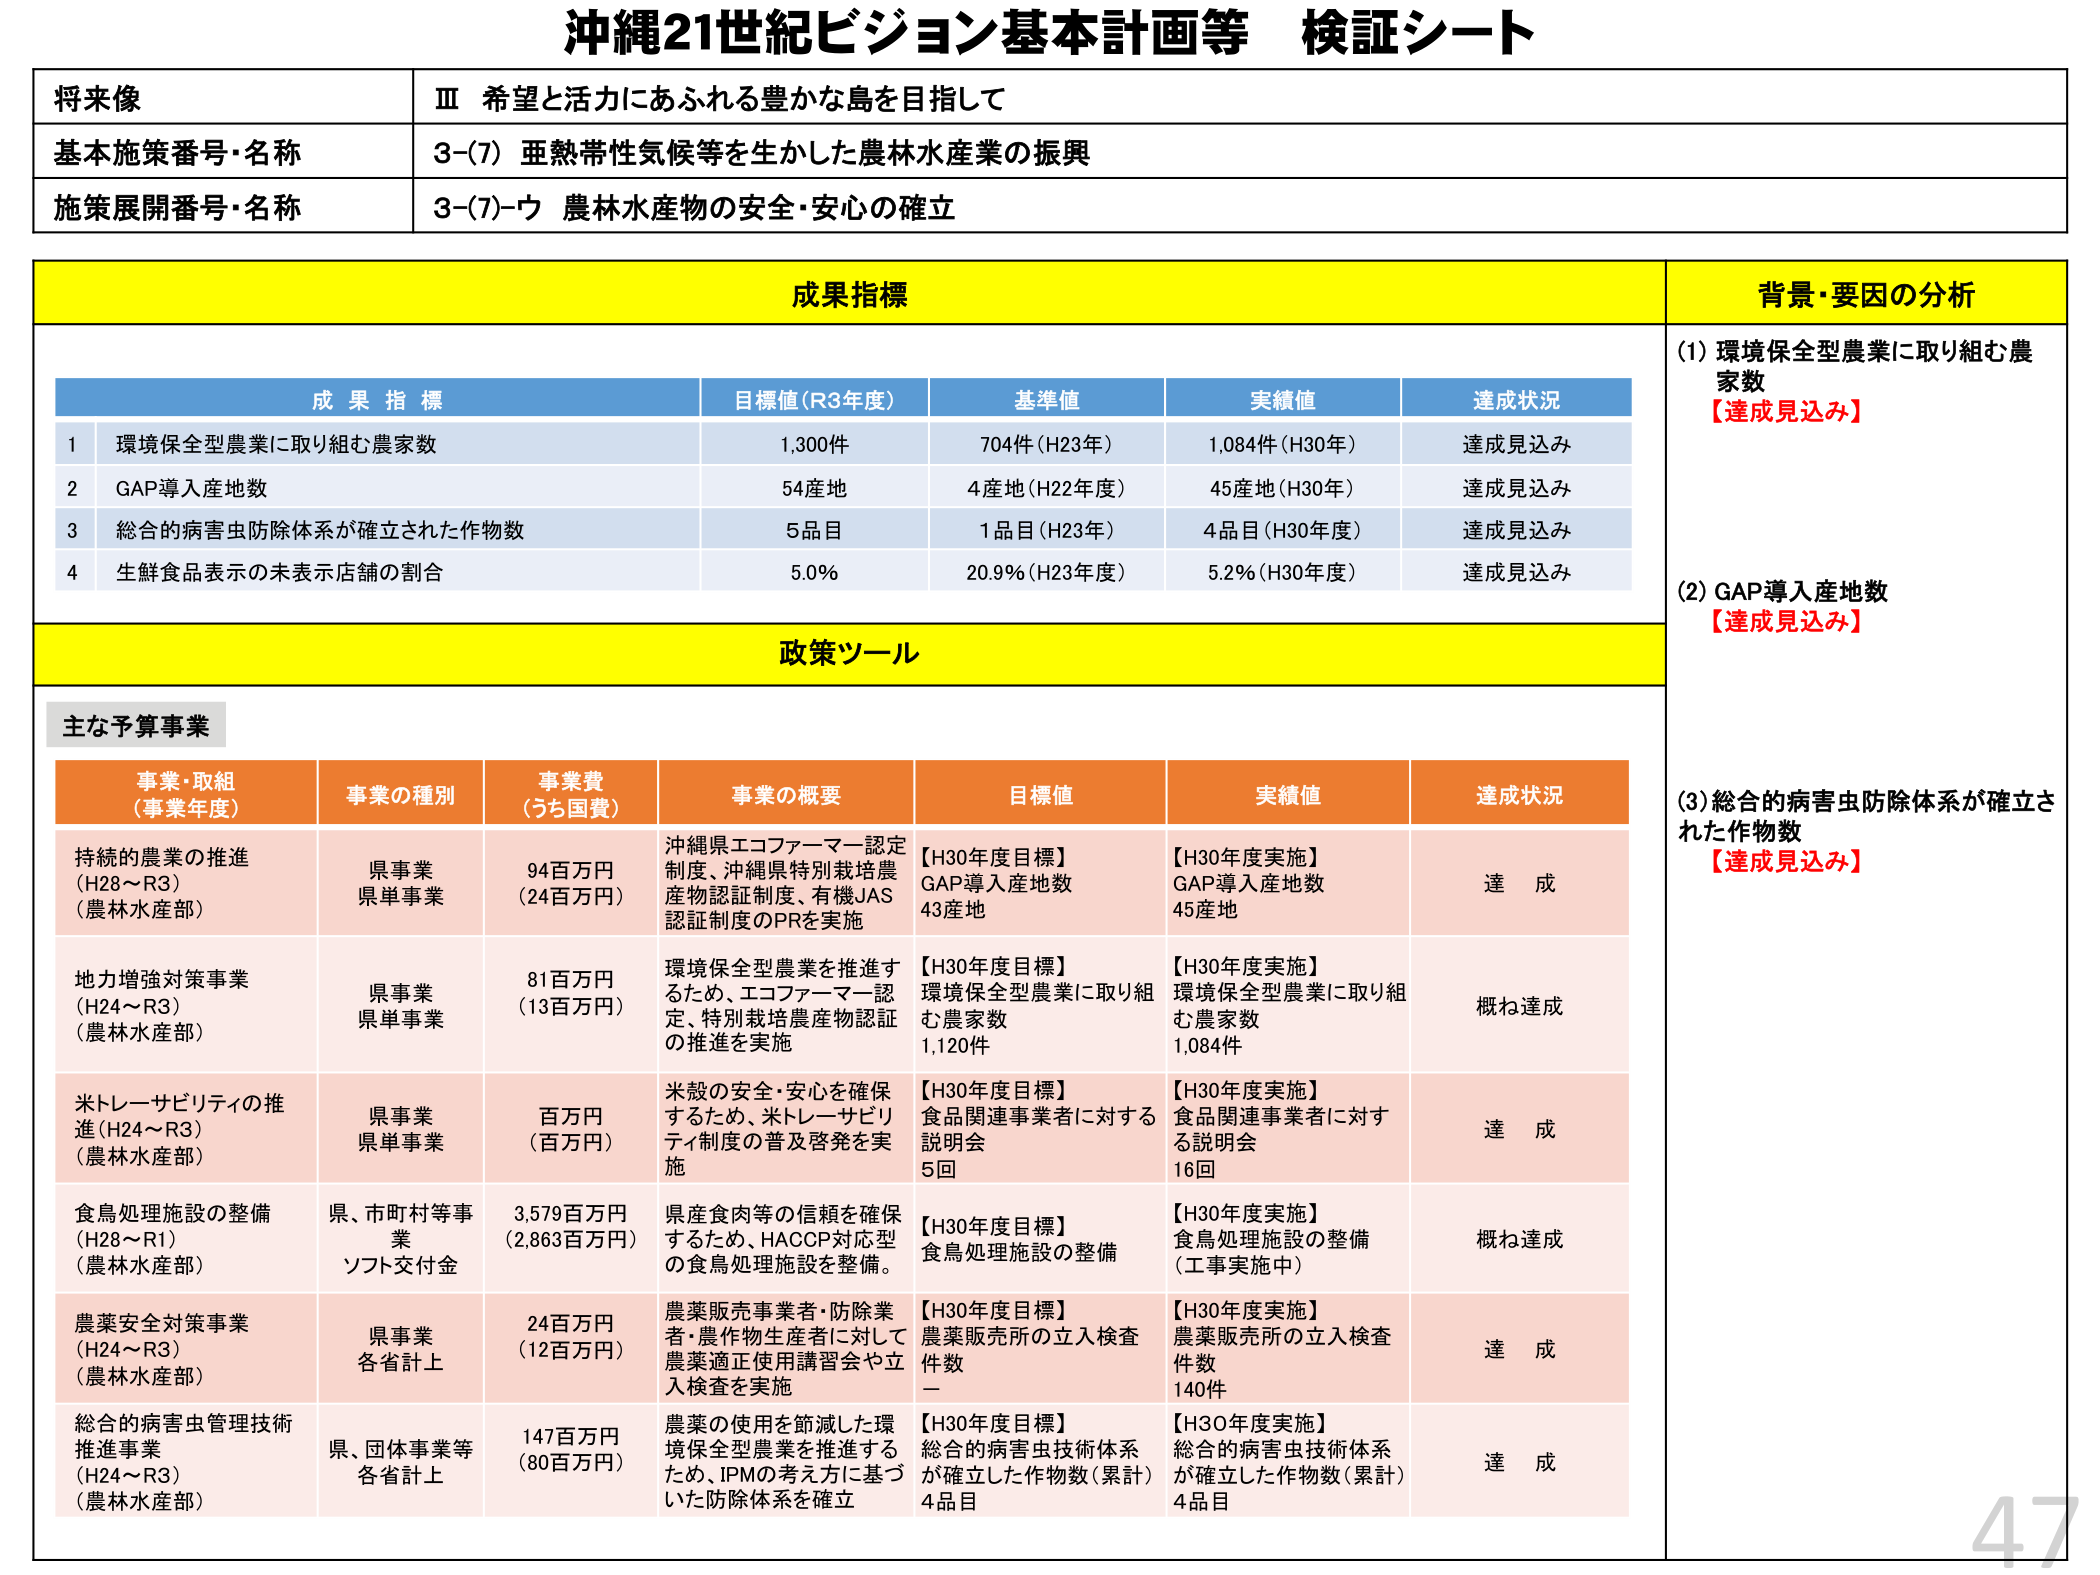
沖縄21世紀ビジョン基本計画等 検証シート

将来像
Ⅲ 希望と活力にあふれる豊かな島を目指して

基本施策番号・名称
3-(7) 亜熱帯性気候等を生かした農林水産業の振興

施策展開番号・名称
3-(7)-ウ 農林水産物の安全・安心の確立

成果指標

成果指標
目標値（R3年度）
基準値
実績値
達成状況

1 環境保全型農業に取り組む農家数
1,300件
704件（H23年）
1,084件（H30年）
達成見込み

2 GAP導入産地数
54産地
4産地（H22年度）
45産地（H30年）
達成見込み

3 総合的病害虫防除体系が確立された作物数
5品目
1品目（H23年）
4品目（H30年度）
達成見込み

4 生鮮食品表示の未表示店舗の割合
5.0%
20.9%（H23年度）
5.2%（H30年度）
達成見込み

背景・要因の分析

(1) 環境保全型農業に取り組む農家数
【達成見込み】

(2) GAP導入産地数
【達成見込み】

(3) 総合的病害虫防除体系が確立された作物数
【達成見込み】

政策ツール

主な予算事業

事業・取組（事業年度）
事業の種別
事業費（うち国費）
事業の概要
目標値
実績値
達成状況

持続的農業の推進（H28～R3）（農林水産部）
県事業 県単事業
94百万円（24百万円）
沖縄県エコファーマー認定制度、沖縄県特別栽培農産物認証制度、有機JAS認証制度のPRを実施
【H30年度目標】GAP導入産地数 43産地
【H30年度実施】GAP導入産地数 45産地
達成

地力増強対策事業（H24～R3）（農林水産部）
県事業 県単事業
81百万円（13百万円）
環境保全型農業を推進するため、エコファーマー認定、特別栽培農産物認証の推進を実施
【H30年度目標】環境保全型農業に取り組む農家数 1,120件
【H30年度実施】環境保全型農業に取り組む農家数 1,084件
概ね達成

米トレーサビリティの推進（H24～R3）（農林水産部）
県事業 県単事業
百万円（百万円）
米穀の安全・安心を確保するため、米トレーサビリティ制度の普及啓発を実施
【H30年度目標】食品関連事業者に対する説明会 5回
【H30年度実施】食品関連事業者に対する説明会 16回
達成

食鳥処理施設の整備（H28～R1）（農林水産部）
県、市町村等事業 ソフト交付金
3,579百万円（2,863百万円）
県産食肉等の信頼を確保するため、HACCP対応型の食鳥処理施設を整備。
【H30年度目標】食鳥処理施設の整備
【H30年度実施】食鳥処理施設の整備（工事実施中）
概ね達成

農薬安全対策事業（H24～R3）（農林水産部）
県事業 各省計上
24百万円（12百万円）
農薬販売事業者・防除業者・農作物生産者に対して農薬適正使用講習会や立入検査を実施
【H30年度目標】農薬販売所の立入検査件数 —
【H30年度実施】農薬販売所の立入検査件数 140件
達成

総合的病害虫管理技術推進事業（H24～R3）（農林水産部）
県、団体事業等 各省計上
147百万円（80百万円）
農薬の使用を節減した環境保全型農業を推進するため、IPMの考え方に基づいた防除体系を確立
【H30年度目標】総合的病害虫技術体系が確立した作物数（累計）4品目
【H30年度実施】総合的病害虫技術体系が確立した作物数（累計）4品目
達成

47